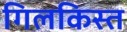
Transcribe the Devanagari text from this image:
गिलकिस्त